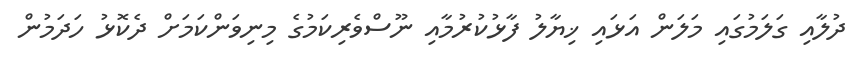
ދުލާއި ގަލަމުގައި މަލަން އަޅައި ޚިޔާލު ފާޅުކުރުމާއި ނޫސްވެރިކަމުގެ މިނިވަންކަމަށް ދެކޮޅު ހަދަމުން